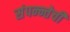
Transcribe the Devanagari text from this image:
संपन्न्तेची